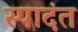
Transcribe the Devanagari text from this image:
स्पादंत